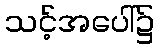
သင့်အပေါ်၌